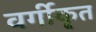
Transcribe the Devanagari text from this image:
वर्गीकृ्त